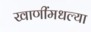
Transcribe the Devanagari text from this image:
खाणींमधल्या